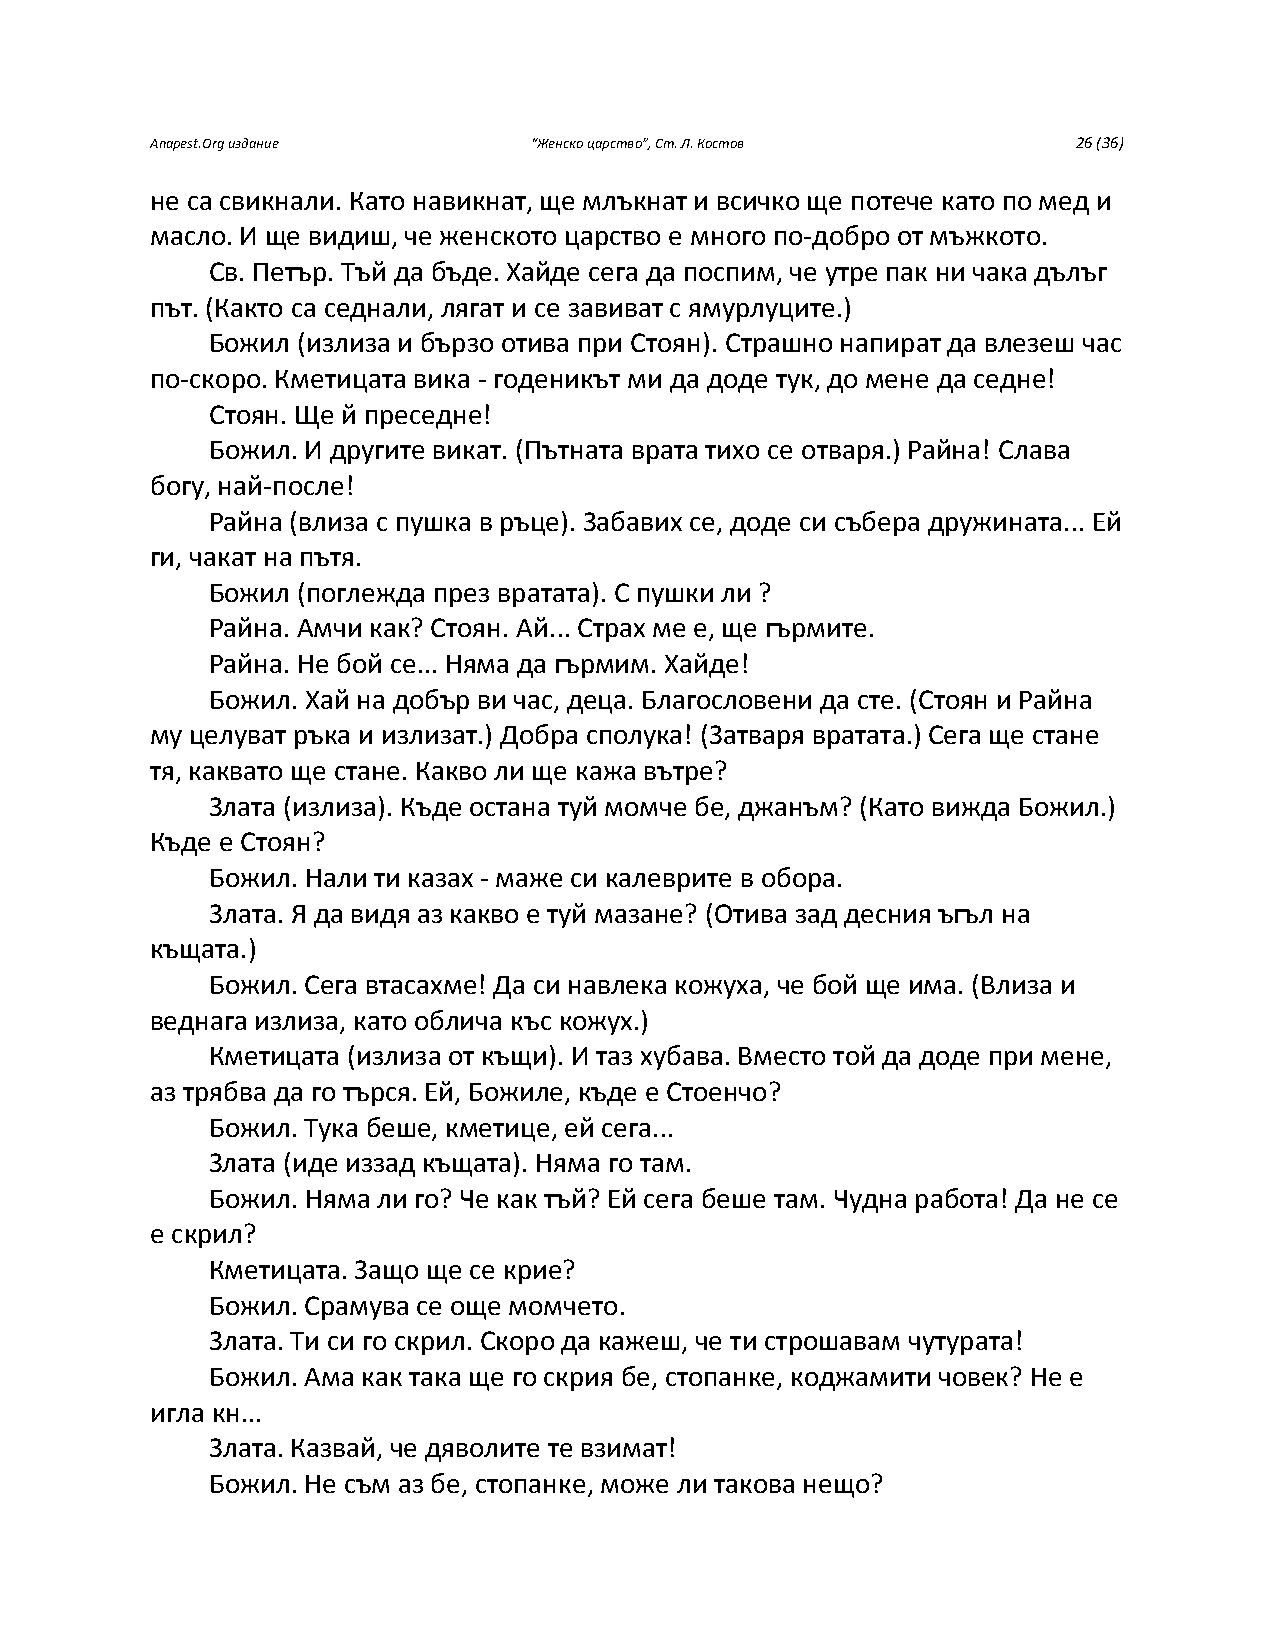
Anapest.Org издание      “Женско царство”, Ст. Л. Костов     26 (36)
 не са свикнали. Като навикнат, ще млъкнат и всичко ще потече като по мед и
 масло. И ще видиш, че женското царство е много по-добро от мъжкото.
 Св. Петър. Тъй да бъде. Хайде сега да поспим, че утре пак ни чака дълъг
 път. (Както са седнали, лягат и се завиват с ямурлуците.)
 Божил (излиза и бързо отива при Стоян). Страшно напират да влезеш час
 по-скоро. Кметицата вика - годеникът ми да доде тук, до мене да седне!
 Стоян. Ще й преседне!
 Божил. И другите викат. (Пътната врата тихо се отваря.) Райна! Слава
 богу, най-после!
 Райна (влиза с пушка в ръце). Забавих се, доде си събера дружината... Ей
 ги, чакат на пътя.
 Божил (поглежда през вратата). С пушки ли ?
 Райна. Амчи как? Стоян. Ай... Страх ме е, ще гърмите.
 Райна. Не бой се... Няма да гърмим. Хайде!
 Божил. Хай на добър ви час, деца. Благословени да сте. (Стоян и Райна
 му целуват ръка и излизат.) Добра сполука! (Затваря вратата.) Сега ще стане
 тя, каквато ще стане. Какво ли ще кажа вътре?
 Злата (излиза). Къде остана туй момче бе, джанъм? (Като вижда Божил.)
 Къде е Стоян?
 Божил. Нали ти казах - маже си калеврите в обора.
 Злата. Я да видя аз какво е туй мазане? (Отива зад десния ъгъл на
 къщата.)
 Божил. Сега втасахме! Да си навлека кожуха, че бой ще има. (Влиза и
 веднага излиза, като облича къс кожух.)
 Кметицата (излиза от къщи). И таз хубава. Вместо той да доде при мене,
 аз трябва да го търся. Ей, Божиле, къде е Стоенчо?
 Божил. Тука беше, кметице, ей сега...
 Злата (иде иззад къщата). Няма го там.
 Божил. Няма ли го? Че как тъй? Ей сега беше там. Чудна работа! Да не се
 е скрил?
 Кметицата. Защо ще се крие?
 Божил. Срамува се още момчето.
 Злата. Ти си го скрил. Скоро да кажеш, че ти строшавам чутурата!
 Божил. Ама как така ще го скрия бе, стопанке, коджамити човек? Не е
 игла кн...
 Злата. Казвай, че дяволите те взимат!
 Божил. Не съм аз бе, стопанке, може ли такова нещо?